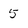
Character: 5